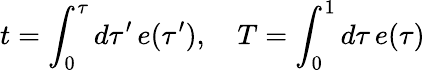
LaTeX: t=\int_{0}^{\tau}d\tau^{\prime}\, e(\tau^{\prime}),\quad T=\int_{0}^{1}d\tau\, e(\tau)